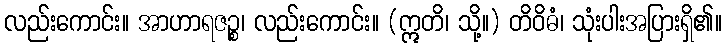
လည်းကောင်း။ အာဟာရဇဉ္စ၊ လည်းကောင်း။ (ဣတိ၊ သို့။) တိဝိဓံ၊ သုံးပါးအပြားရှိ၏။